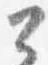
公